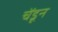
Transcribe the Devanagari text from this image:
चेंडून